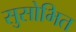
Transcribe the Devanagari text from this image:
सुसोभित